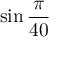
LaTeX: \sin { \frac { \pi } { 4 0 } }